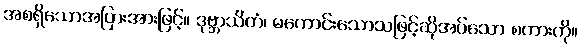
အစရှိသောအပြားအားဖြင့်။ ဒုဗ္ဘာသိတံ၊ မကောင်းသောသဖြင့်ဆိုအပ်သော စကားကို။